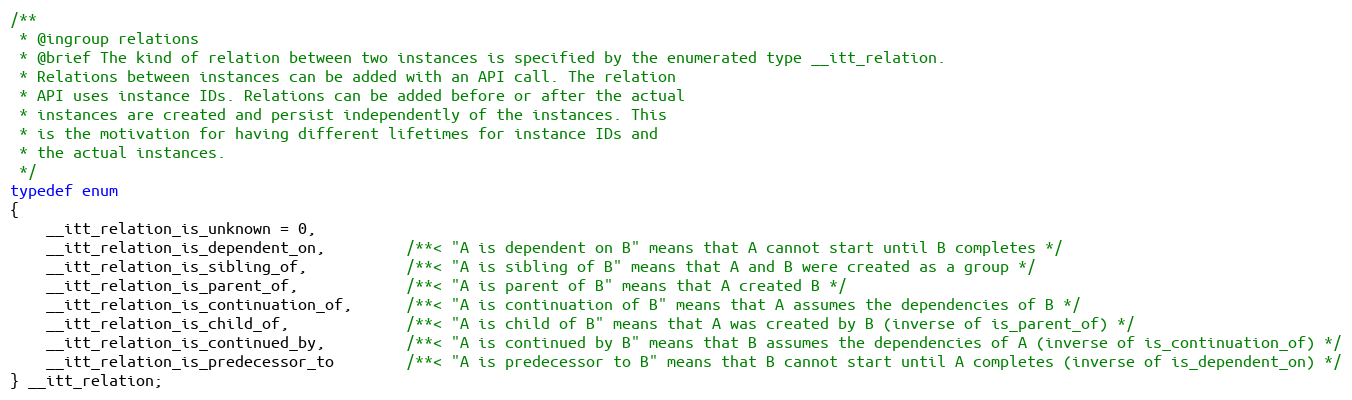
Language: C
/**
 * @ingroup relations
 * @brief The kind of relation between two instances is specified by the enumerated type __itt_relation.
 * Relations between instances can be added with an API call. The relation
 * API uses instance IDs. Relations can be added before or after the actual
 * instances are created and persist independently of the instances. This
 * is the motivation for having different lifetimes for instance IDs and
 * the actual instances.
 */
typedef enum
{
    __itt_relation_is_unknown = 0,
    __itt_relation_is_dependent_on,         /**< "A is dependent on B" means that A cannot start until B completes */
    __itt_relation_is_sibling_of,           /**< "A is sibling of B" means that A and B were created as a group */
    __itt_relation_is_parent_of,            /**< "A is parent of B" means that A created B */
    __itt_relation_is_continuation_of,      /**< "A is continuation of B" means that A assumes the dependencies of B */
    __itt_relation_is_child_of,             /**< "A is child of B" means that A was created by B (inverse of is_parent_of) */
    __itt_relation_is_continued_by,         /**< "A is continued by B" means that B assumes the dependencies of A (inverse of is_continuation_of) */
    __itt_relation_is_predecessor_to        /**< "A is predecessor to B" means that B cannot start until A completes (inverse of is_dependent_on) */
} __itt_relation;